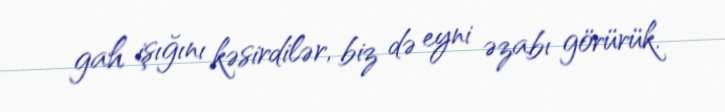
gah işığını kəsirdilər, biz də eyni əzabı görürük.